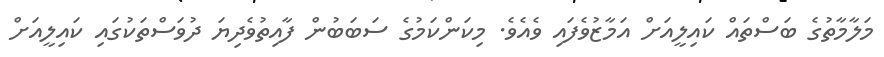
މަލާމާތުގެ ބަސްތައް ކައިލީއަށް އަމާޒުވެފައި ވެއެވެ. މިކަންކަމުގެ ސަބަބުން ފާއިތުވެދިޔަ ދުވަސްތަކުގައި ކައިލީއަށް